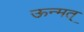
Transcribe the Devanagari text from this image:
ऊन्मत्